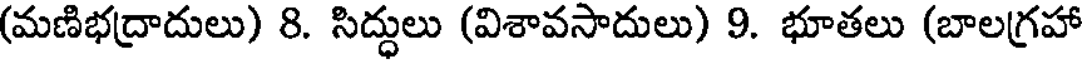
(మణిభద్రాదులు) 8. సిద్ధులు (విశావసాదులు) 9. భూతలు (బాలగ్రహా